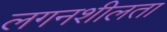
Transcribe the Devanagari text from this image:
लगनशीलता